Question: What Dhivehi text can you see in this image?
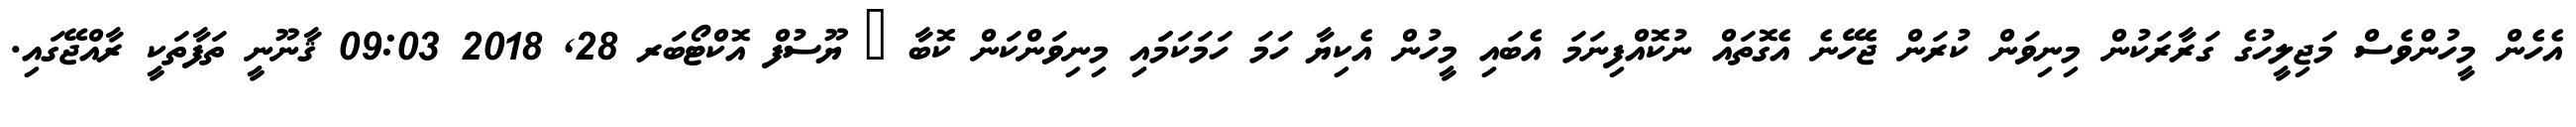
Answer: އެހެން މީހުންވެސް މަޖިލީހުގެ ގަރާރަކުން މިނިވަން ކުރަން ޖެހޭނެ އެގޮތައް ނުކޮއްފިނަމަ އެބައި މީހުން އެކިޔާ ހަމަ ހަމަކަމަައި މިނިވަންކަން ކޮބާ ? ޔޫސުފް އޮކްޓޯބަރ 28, 2018 09:03 ޤާނޫނީ ތަފާތަކީ ރާއްޖޭގައި.